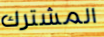
المشترك